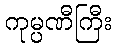
ကုမ္ပဏီကြီး